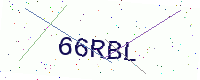
Text: 66RBL